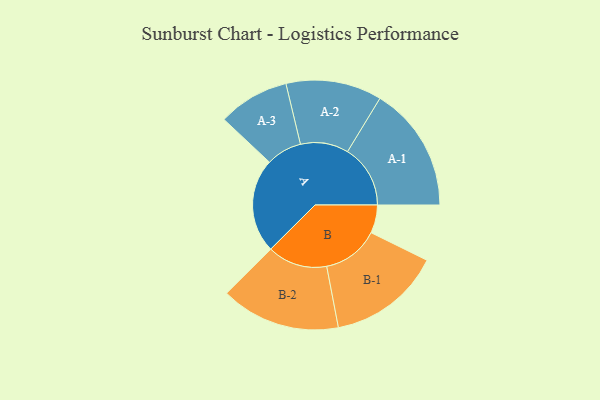
{"axis": {"x": "Segment", "y": "Value"}, "legend": ["", "A", "B"], "data": [{"x": "A", "y": 413, "type": ""}, {"x": "B", "y": 123, "type": ""}, {"x": "A-1", "y": 275, "type": "A"}, {"x": "A-2", "y": 210, "type": "A"}, {"x": "A-3", "y": 156, "type": "A"}, {"x": "B-1", "y": 248, "type": "B"}, {"x": "B-2", "y": 262, "type": "B"}]}